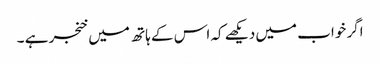
اگر خواب میں دیکھے کہ اس کے ہاتھ میں خنجر ہے ۔